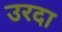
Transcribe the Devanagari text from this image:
उरदा